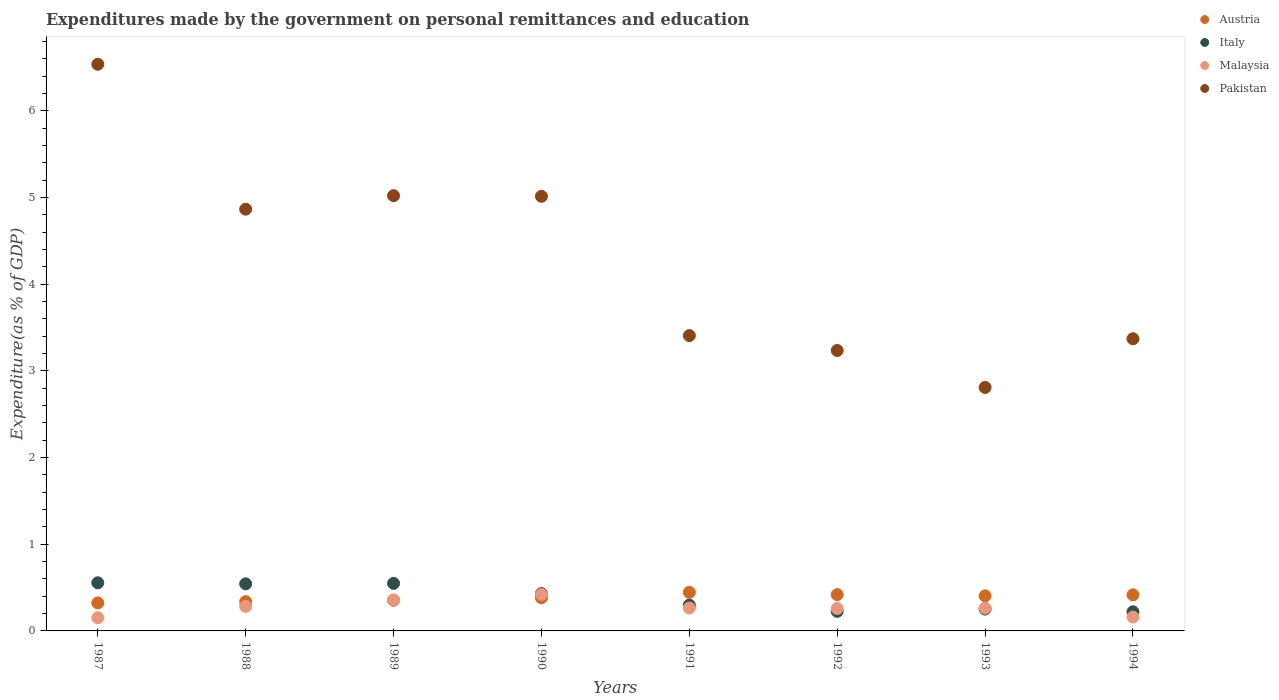
| Years | Austria | Italy | Malaysia | Pakistan |
 | --- | --- | --- | --- | --- |
 | 1987 | 0.323 | 0.556 | 0.152 | 6.54 |
 | 1988 | 0.338 | 0.543 | 0.283 | 4.87 |
 | 1989 | 0.354 | 0.549 | 0.357 | 5.02 |
 | 1990 | 0.382 | 0.431 | 0.421 | 5.01 |
 | 1991 | 0.445 | 0.298 | 0.265 | 3.41 |
 | 1992 | 0.419 | 0.226 | 0.259 | 3.24 |
 | 1993 | 0.405 | 0.252 | 0.262 | 2.81 |
 | 1994 | 0.416 | 0.221 | 0.16 | 3.37 |